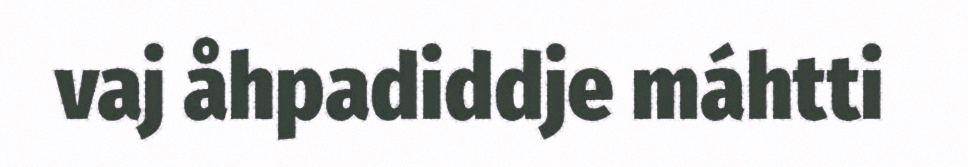
vaj åhpadiddje máhtti